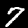
Label: 7